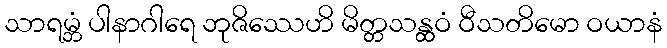
သာရမ္ဘံ ပါနာဂါရေ ဘုဇိဿေဟိ မိတ္တသန္ထဝံ ဝီသတိမော ဝယာနံ